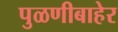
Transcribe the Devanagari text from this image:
पुळणीबाहेर